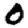
Digit: 0